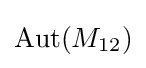
{\text{Aut}}(M_{12})